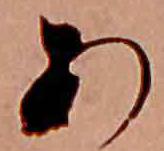
あ